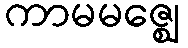
ကာမမဇ္ဈေ